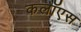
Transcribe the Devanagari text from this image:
कलॉएस